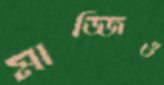
মাজ্জিও